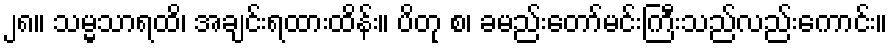
၂၈။ သမ္မသာရထိ၊ အချင်းရထားထိန်း။ ပိတု စ၊ ခမည်းတော်မင်းကြီးသည်လည်းကောင်း။